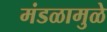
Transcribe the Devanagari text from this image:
मंडळामुळे